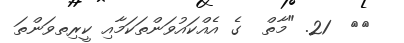
}}  21. "މާތް  ގެ އެއްކައުވަންތަކަމާއި ކީރިތވަންތަ